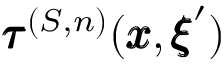
{ \pmb \tau } ^ { ( S , n ) } ( { \pmb x } , { \pmb \xi } ^ { \prime } )